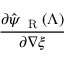
\frac { \partial \hat { \psi } _ { \mathrm { ~ \tiny ~ R ~ } } ( \Lambda ) } { \partial { \nabla \xi } }